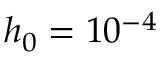
h _ { 0 } = 1 0 ^ { - 4 }